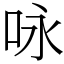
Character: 咏